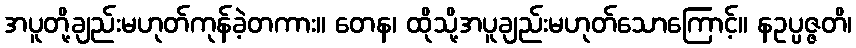
အပူတို့ချည်းမဟုတ်ကုန်ခဲ့တကား။ တေန၊ ထိုသို့အပူချည်းမဟုတ်သောကြောင့်။ နဥပ္ပဇ္ဇတိ၊